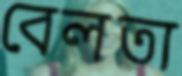
বেলতা